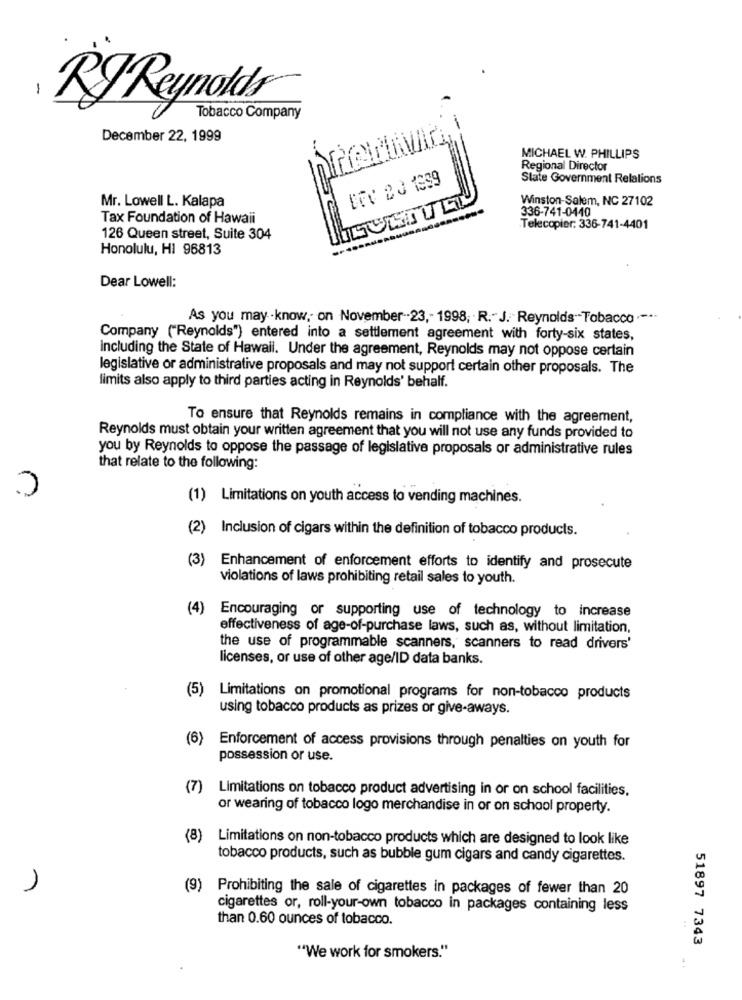
-
RJReynolds
Tobacco Company
December 22, 1999
MICHAEL W. PHILLIPS
Regional Director
State Government Relations
Mr. Lowell L. Kalapa
Winston-Salem, NC 27102
336-741-0440
Tax Foundation of Hawaii
Telecopier: 336-741-4401
126 Queen street, Suite 304
Honolulu, HI 96813
Dear Lowell:
As you may-know, on November -23 ,- 1998, R."J. Reynolds"-Tobacco ·-··
Company ("Reynolds") entered into a settlement agreement with forty-six states,
including the State of Hawaii. Under the agreement, Reynolds may not oppose certain
legislative or administrative proposals and may not support certain other proposals. The
limits also apply to third parties acting in Reynolds' behalf.
To ensure that Reynolds remains in compliance with the agreement,
Reynolds must obtain your written agreement that you will not use any funds provided to
you by Reynolds to oppose the passage of legislative proposals or administrative rules
C
that relate to the following:
(1) Limitations on youth access to vending machines.
(2) Inclusion of cigars within the definition of tobacco products.
(3)
Enhancement of enforcement efforts to identify and prosecute
violations of laws prohibiting retail sales to youth.
(4)
Encouraging or supporting use of technology to increase
effectiveness of age-of-purchase laws, such as, without limitation,
the use of programmable scanners, scanners to read drivers'
licenses, or use of other age/ID data banks.
(5)
Limitations on promotional programs for non-tobacco products
using tobacco products as prizes or give-aways.
(6)
Enforcement of access provisions through penalties on youth for
possession or use.
(7)
Limitations on tobacco product advertising in or on school facilities,
or wearing of tobacco logo merchandise in or on school property.
(8) Limitations on non-tobacco products which are designed to look like
tobacco products, such as bubble gum cigars and candy cigarettes.
1
(9) Prohibiting the sale of cigarettes in packages of fewer than 20
cigarettes or, roll-your-own tobacco in packages containing less
than 0.60 ounces of tobacco.
51897 7343
""We work for smokers."